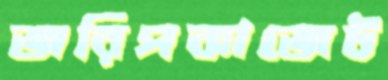
জরিপকাজেট